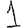
Digit: 1